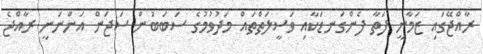
ރާއްޖޭގައި ޒަމާނީ ފަތާ ފެންގަނޑަކާއި ވަސީލަތްތައް މަދުވުމުގެ ސަބަބުން ސަޖަން އަންނަނީ ރާއްޖެ